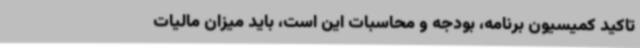
تاکید کمیسیون برنامه، بودجه و محاسبات این است، باید میزان مالیات